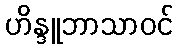
ဟိန္ဒူဘာသာဝင်